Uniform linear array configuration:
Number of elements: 48
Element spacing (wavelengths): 0.25
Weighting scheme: exponential
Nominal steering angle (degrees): -60
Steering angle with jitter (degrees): -58.254
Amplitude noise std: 0.05
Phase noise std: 0.05

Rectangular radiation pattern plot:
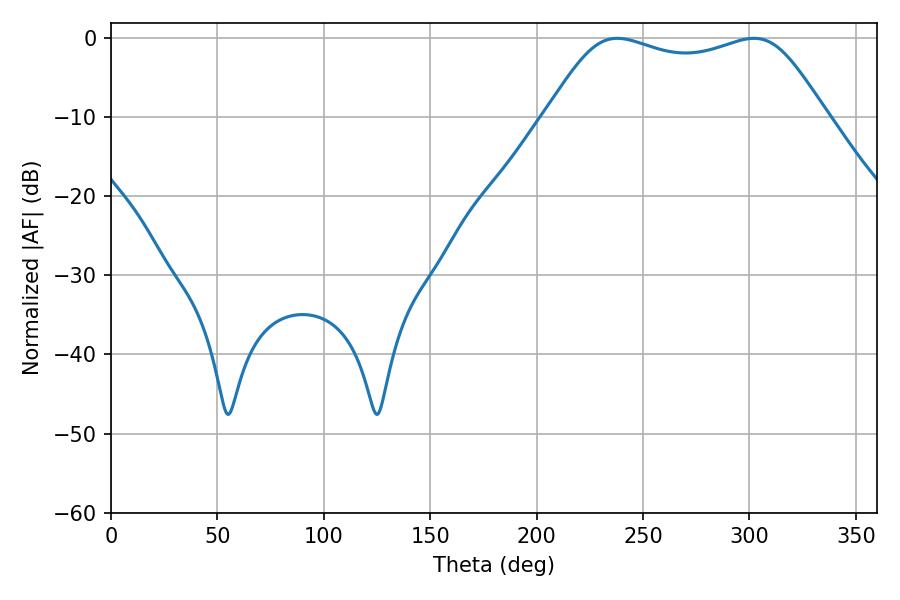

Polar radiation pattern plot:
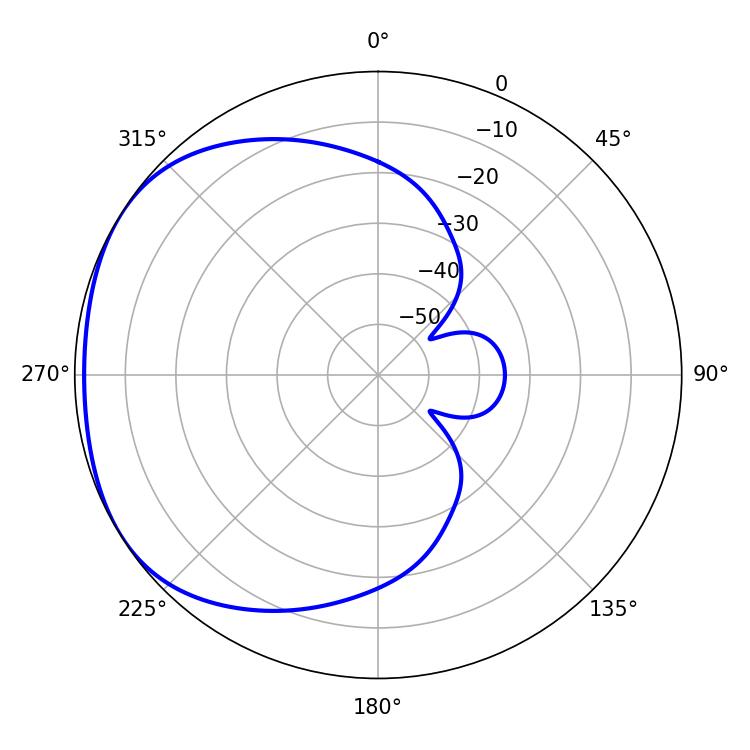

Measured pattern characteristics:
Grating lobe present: FALSE
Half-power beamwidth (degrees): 100.08
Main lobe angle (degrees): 237.96